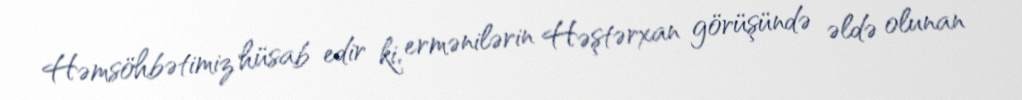
Həmsöhbətimiz hüsab edir ki, ermənilərin Həştərxan görüşündə əldə olunan